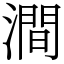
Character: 澗